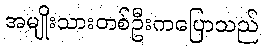
အမျိုးသားတစ်ဦးကပြောသည်